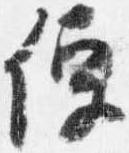
便